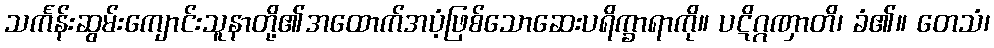
သင်္ကန်းဆွမ်းကျောင်းသူနာတို့၏အထောက်အပံ့ဖြစ်သောဆေးပရိက္ခာရာကို။ ပဋိဂ္ဂဏှာတိ၊ ခံ၏။ တေသံ၊